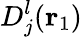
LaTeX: D_{j}^{l}({\mathbf{r}_{1}})